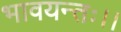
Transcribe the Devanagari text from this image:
भावयन्तः।।